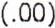
(.00)